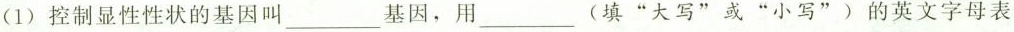
(1) 控制显性性状的基因叫___基因，用__(填”大写”或”小写”)的英文字母表